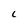
Character: C